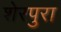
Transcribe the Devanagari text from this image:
शेरपुरा